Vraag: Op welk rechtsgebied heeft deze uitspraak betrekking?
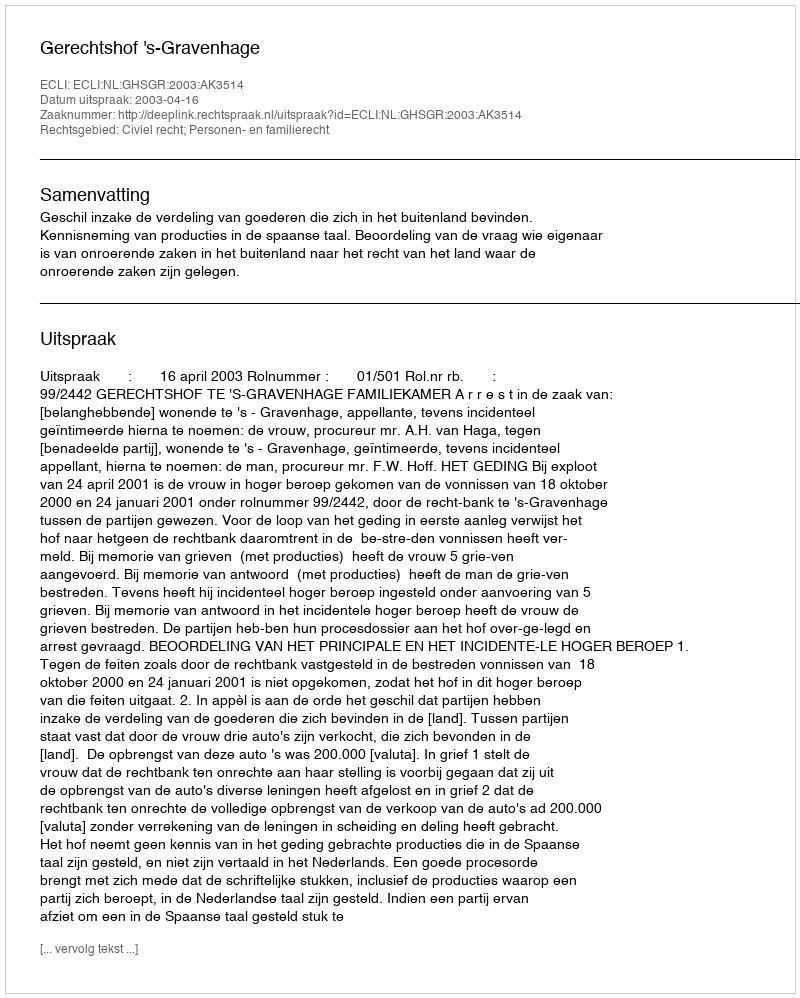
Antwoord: Civiel recht; Personen- en familierecht